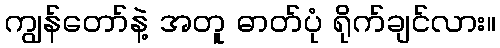
ကျွန်တော်နဲ့ အတူ ဓာတ်ပုံ ရိုက်ချင်လား။